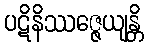
ပဋိနိဿဇ္ဇေယျန္တိ